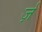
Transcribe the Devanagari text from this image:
र्ज़